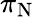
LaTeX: \pi_{\mathrm{N}}